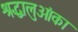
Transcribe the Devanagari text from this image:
श्रद्धालुओंका